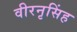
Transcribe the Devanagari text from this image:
वीरनृसिंह